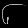
Digit: ၆